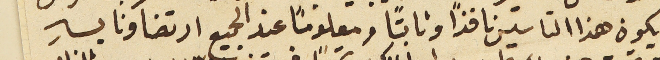
يكون هذا التاسيس نافذًا وثابتًا ومعلومًا عند الجميع ارتضاونا بهِ